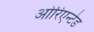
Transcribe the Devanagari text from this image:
ओरिएन्टेड